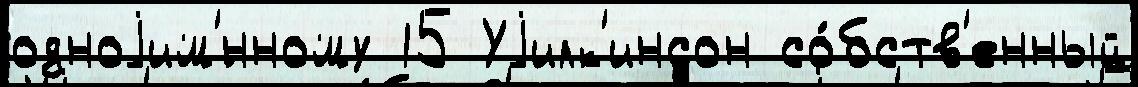
одноjим'́нному 15 Уjилк'инсон со́бств'енный